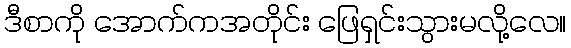
ဒီစာကို အောက်ကအတိုင်း ဖြေရှင်းသွားမလို့လေ။